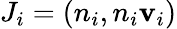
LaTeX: J_{i}=(n_{i},n_{i}\mathbf{v}_{i})